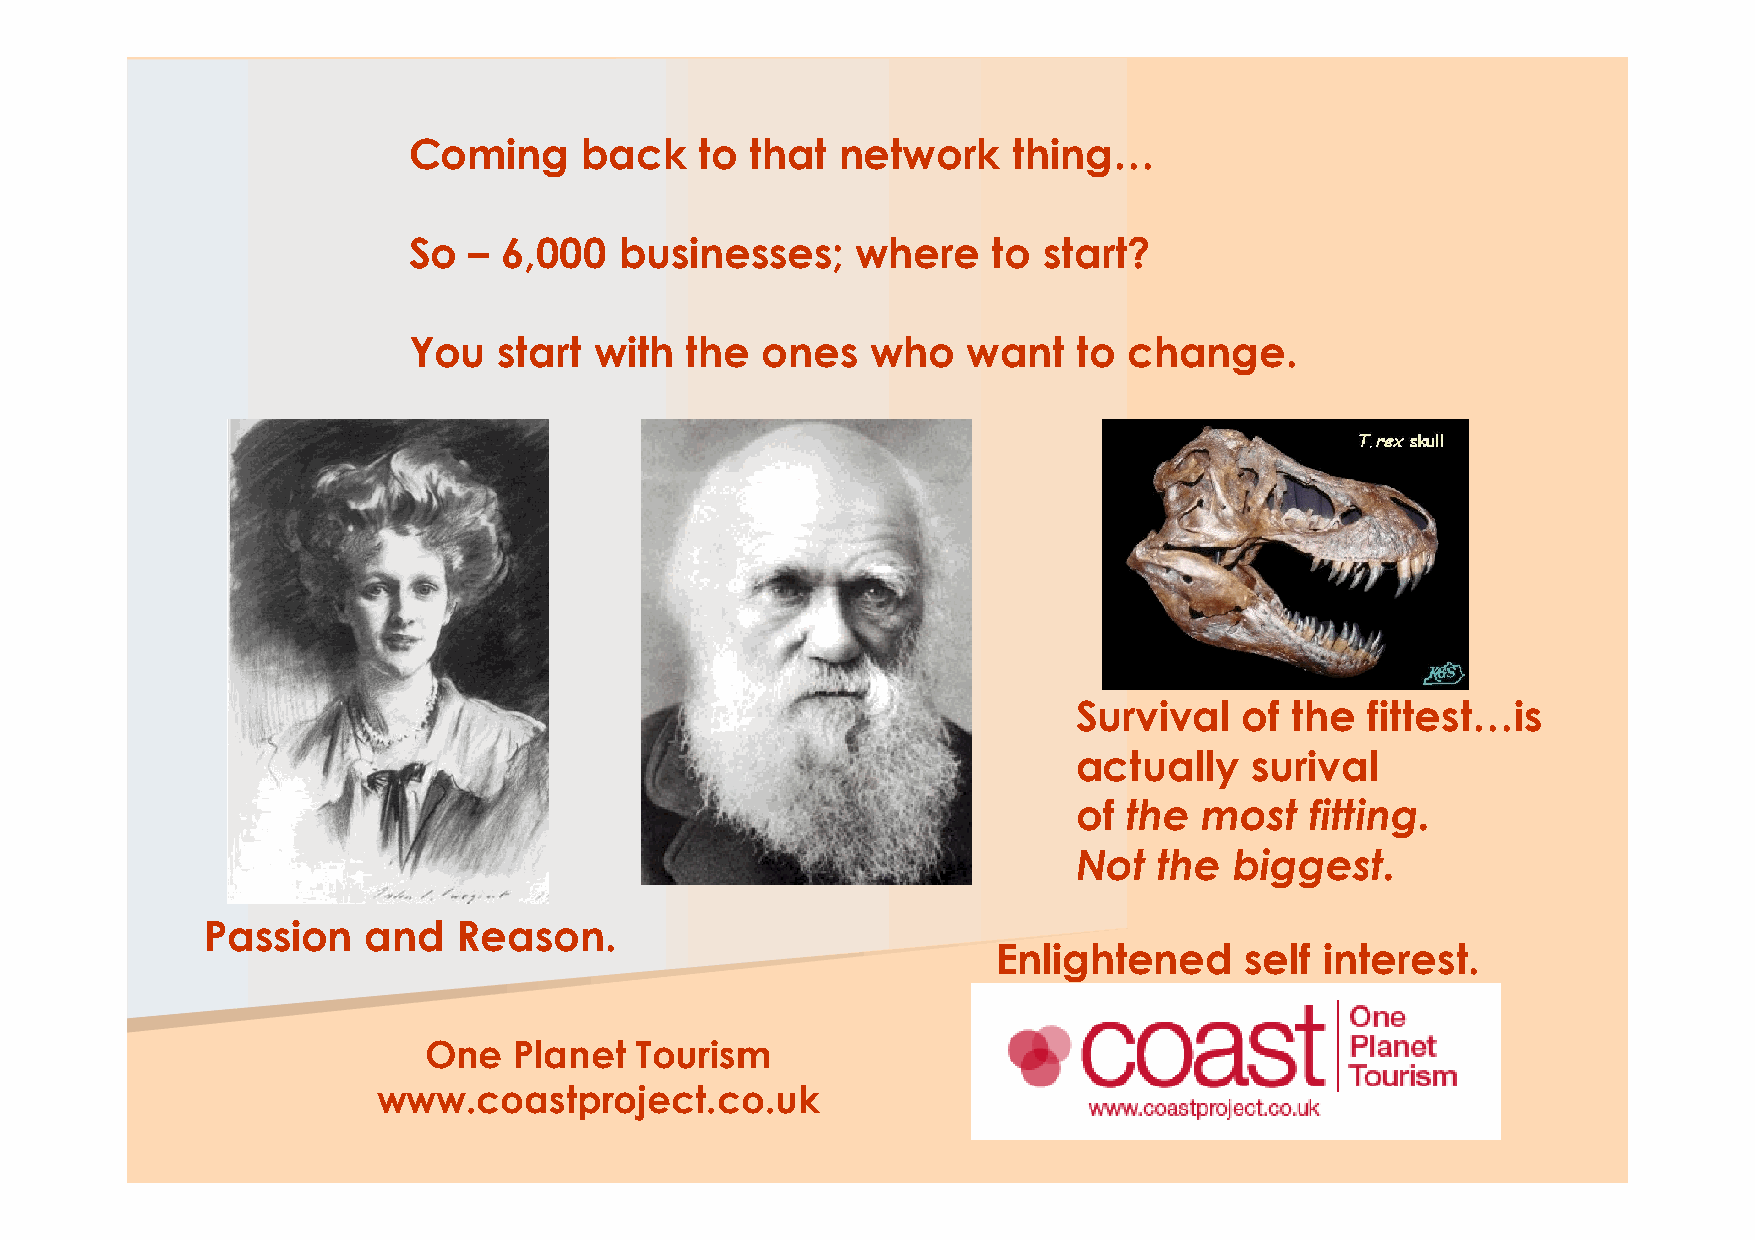
Coming     back    to  that  network    thing…
 So  – 6,000   businesses;     where    to start?
 You   start with  the  ones    who   want   to  change.
 Survival   of  the  fittest…is
 actually    surival
 of  the  most   fitting.
 Not   the  biggest.
 Passion   and   Reason.
 Enlightened     self  interest.
 OOnnee PPllaanneett TToouurriissmm
 wwwwww..ccooaassttpprroojjeecctt..ccoo..uukk